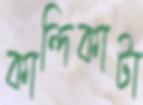
কান্দিকাটা